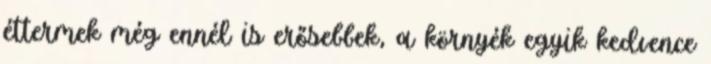
éttermek még ennél is erősebbek, a környék egyik kedvence